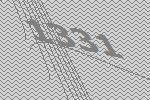
1331